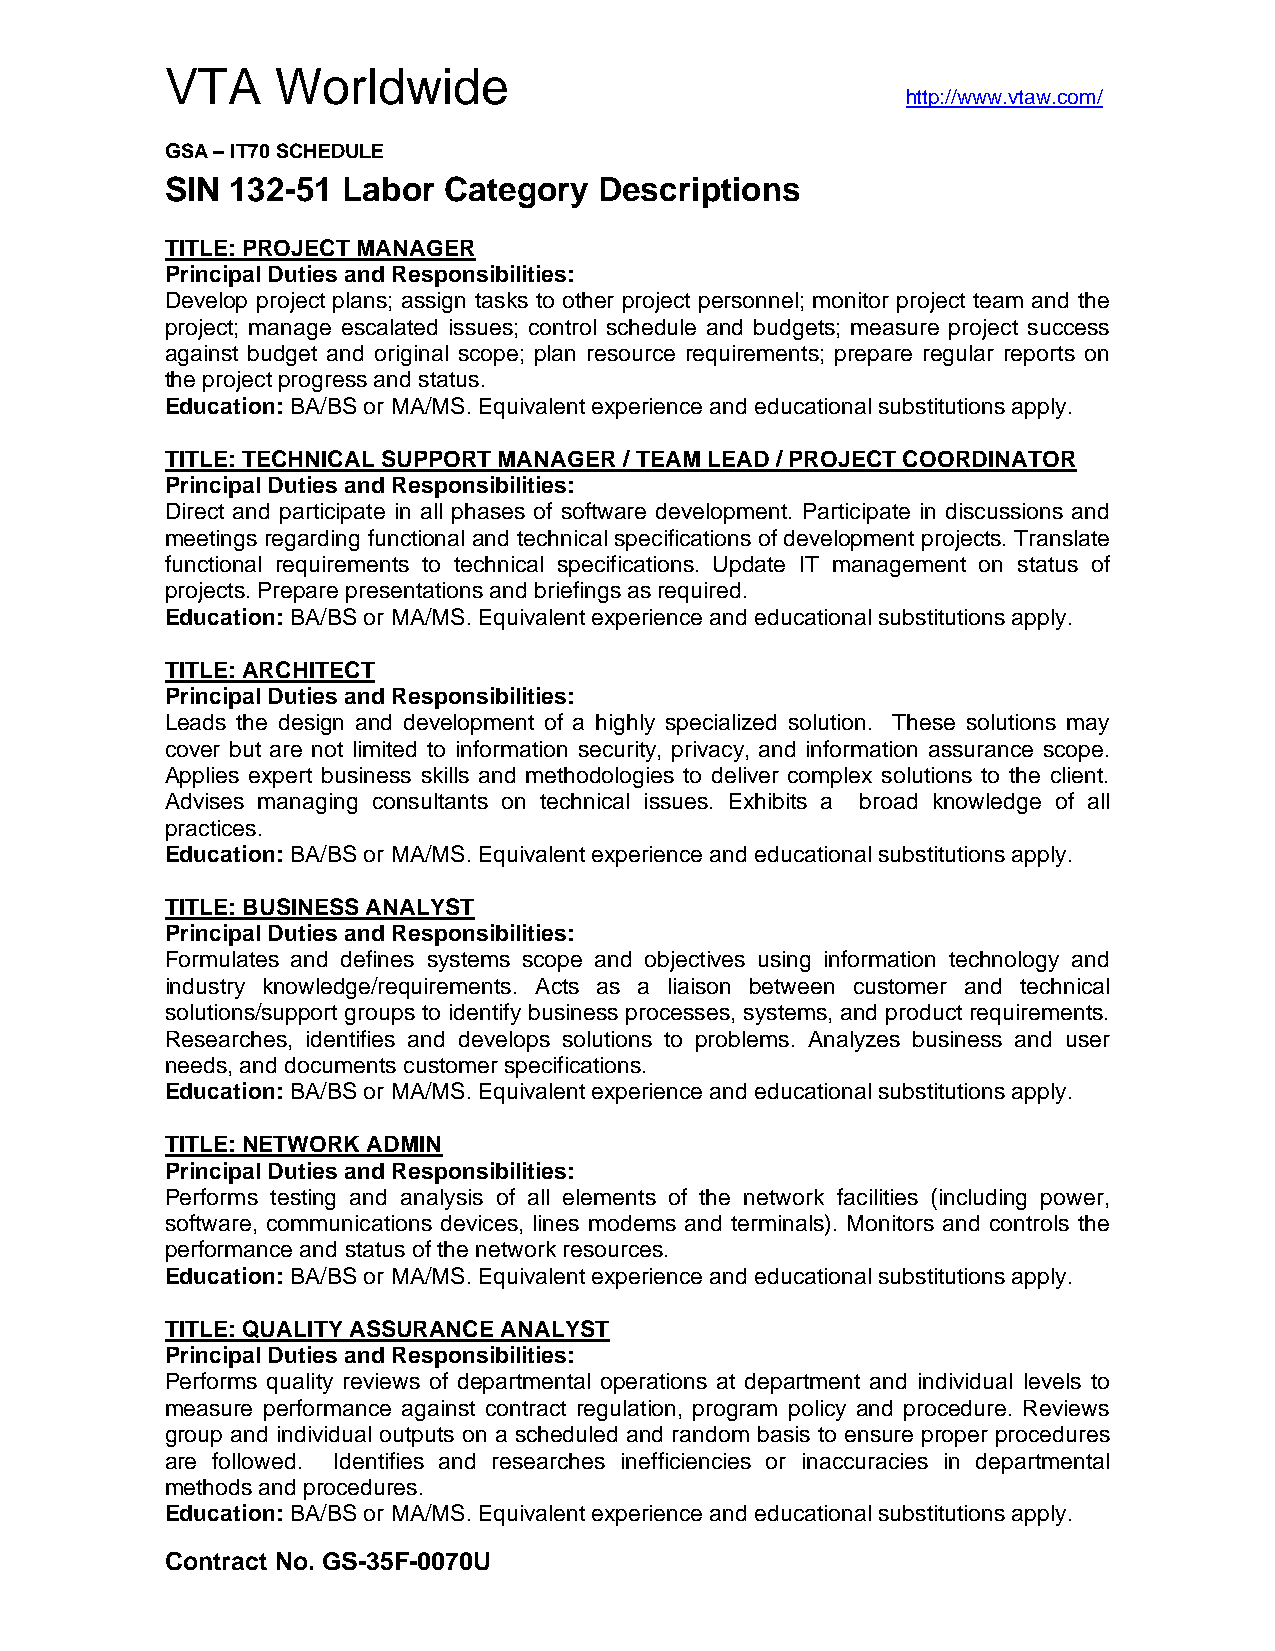
VTA    Worldwide
 http://www.vtaw.com/
 GSA – IT70 SCHEDULE
 SIN 132-51  Labor Category   Descriptions
 TITLE: PROJECT MANAGER
 Principal Duties and Responsibilities:
 Develop project plans; assign tasks to other project personnel; monitor project team and the
 project; manage escalated issues; control schedule and budgets; measure project success
 against budget and original scope; plan resource requirements; prepare regular reports on
 the project progress and status.
 Education: BA/BS or MA/MS. Equivalent experience and educational substitutions apply.
 TITLE: TECHNICAL SUPPORT MANAGER / TEAM LEAD / PROJECT COORDINATOR
 Principal Duties and Responsibilities:
 Direct and participate in all phases of software development. Participate in discussions and
 meetings regarding functional and technical specifications of development projects. Translate
 functional requirements to technical specifications. Update IT management on status of
 projects. Prepare presentations and briefings as required.
 Education: BA/BS or MA/MS. Equivalent experience and educational substitutions apply.
 TITLE: ARCHITECT
 Principal Duties and Responsibilities:
 Leads the design and development of a highly specialized solution. These solutions may
 cover but are not limited to information security, privacy, and information assurance scope.
 Applies expert business skills and methodologies to deliver complex solutions to the client.
 Advises managing consultants on technical issues. Exhibits a broad knowledge of all
 practices.
 Education: BA/BS or MA/MS. Equivalent experience and educational substitutions apply.
 TITLE: BUSINESS ANALYST
 Principal Duties and Responsibilities:
 Formulates and defines systems scope and objectives using information technology and
 industry knowledge/requirements. Acts as a liaison between customer and technical
 solutions/support groups to identify business processes, systems, and product requirements.
 Researches, identifies and develops solutions to problems. Analyzes business and user
 needs, and documents customer specifications.
 Education: BA/BS or MA/MS. Equivalent experience and educational substitutions apply.
 TITLE: NETWORK ADMIN
 Principal Duties and Responsibilities:
 Performs testing and analysis of all elements of the network facilities (including power,
 software, communications devices, lines modems and terminals). Monitors and controls the
 performance and status of the network resources.
 Education: BA/BS or MA/MS. Equivalent experience and educational substitutions apply.
 TITLE: QUALITY ASSURANCE ANALYST
 Principal Duties and Responsibilities:
 Performs quality reviews of departmental operations at department and individual levels to
 measure performance against contract regulation, program policy and procedure. Reviews
 group and individual outputs on a scheduled and random basis to ensure proper procedures
 are followed. Identifies and researches inefficiencies or inaccuracies in departmental
 methods and procedures.
 Education: BA/BS or MA/MS. Equivalent experience and educational substitutions apply.
 Contract No. GS-35F-0070U